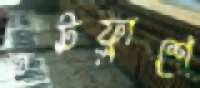
হটফ্লাশে